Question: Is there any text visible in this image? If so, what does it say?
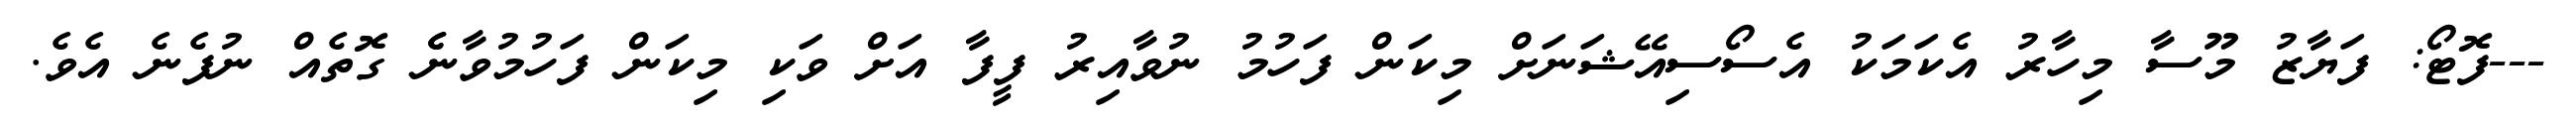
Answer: ---ފޮޓޯ: ފަޔާޒު މޫސާ މިހާރު އެކަމަކު އެސޯސިއޭޝަނަށް މިކަން ފަހުމު ނުވާއިރު ފީފާ އަށް ވަކި މިކަން ފަހުމުވާނެެ ގޮތެއް ނުފެނެ އެވެ.